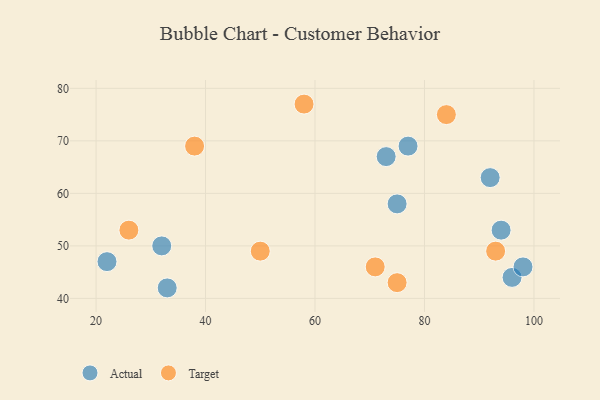
{"axis": {"x": "GDP", "y": "Life Expectancy"}, "legend": ["Actual", "Target"], "data": [{"x": "96", "y": 44, "type": "Actual"}, {"x": "77", "y": 69, "type": "Actual"}, {"x": "98", "y": 46, "type": "Actual"}, {"x": "75", "y": 58, "type": "Actual"}, {"x": "94", "y": 53, "type": "Actual"}, {"x": "33", "y": 42, "type": "Actual"}, {"x": "22", "y": 47, "type": "Actual"}, {"x": "73", "y": 67, "type": "Actual"}, {"x": "92", "y": 63, "type": "Actual"}, {"x": "32", "y": 50, "type": "Actual"}, {"x": "75", "y": 43, "type": "Target"}, {"x": "93", "y": 49, "type": "Target"}, {"x": "38", "y": 69, "type": "Target"}, {"x": "71", "y": 46, "type": "Target"}, {"x": "26", "y": 53, "type": "Target"}, {"x": "84", "y": 75, "type": "Target"}, {"x": "50", "y": 49, "type": "Target"}, {"x": "58", "y": 77, "type": "Target"}]}